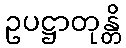
ဥပဋ္ဌာတုန္တိ